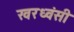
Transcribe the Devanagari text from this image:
खरध्वंसी